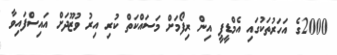
2000ގެ އަހަރުތަކުގައި އެމްޑީޕީ އިން ރިފޯމަށް މަސައްކަތް ކުރި އިރު ވުޒޫދަށް އައިސްފައިވާ